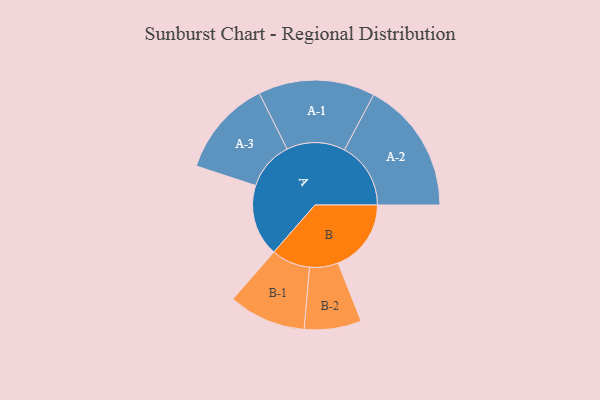
{"axis": {"x": "Segment", "y": "Value"}, "legend": ["", "A", "B"], "data": [{"x": "A", "y": 317, "type": ""}, {"x": "B", "y": 323, "type": ""}, {"x": "A-1", "y": 258, "type": "A"}, {"x": "A-2", "y": 293, "type": "A"}, {"x": "A-3", "y": 214, "type": "A"}, {"x": "B-1", "y": 171, "type": "B"}, {"x": "B-2", "y": 126, "type": "B"}]}